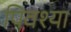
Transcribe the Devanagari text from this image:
पिवश्या